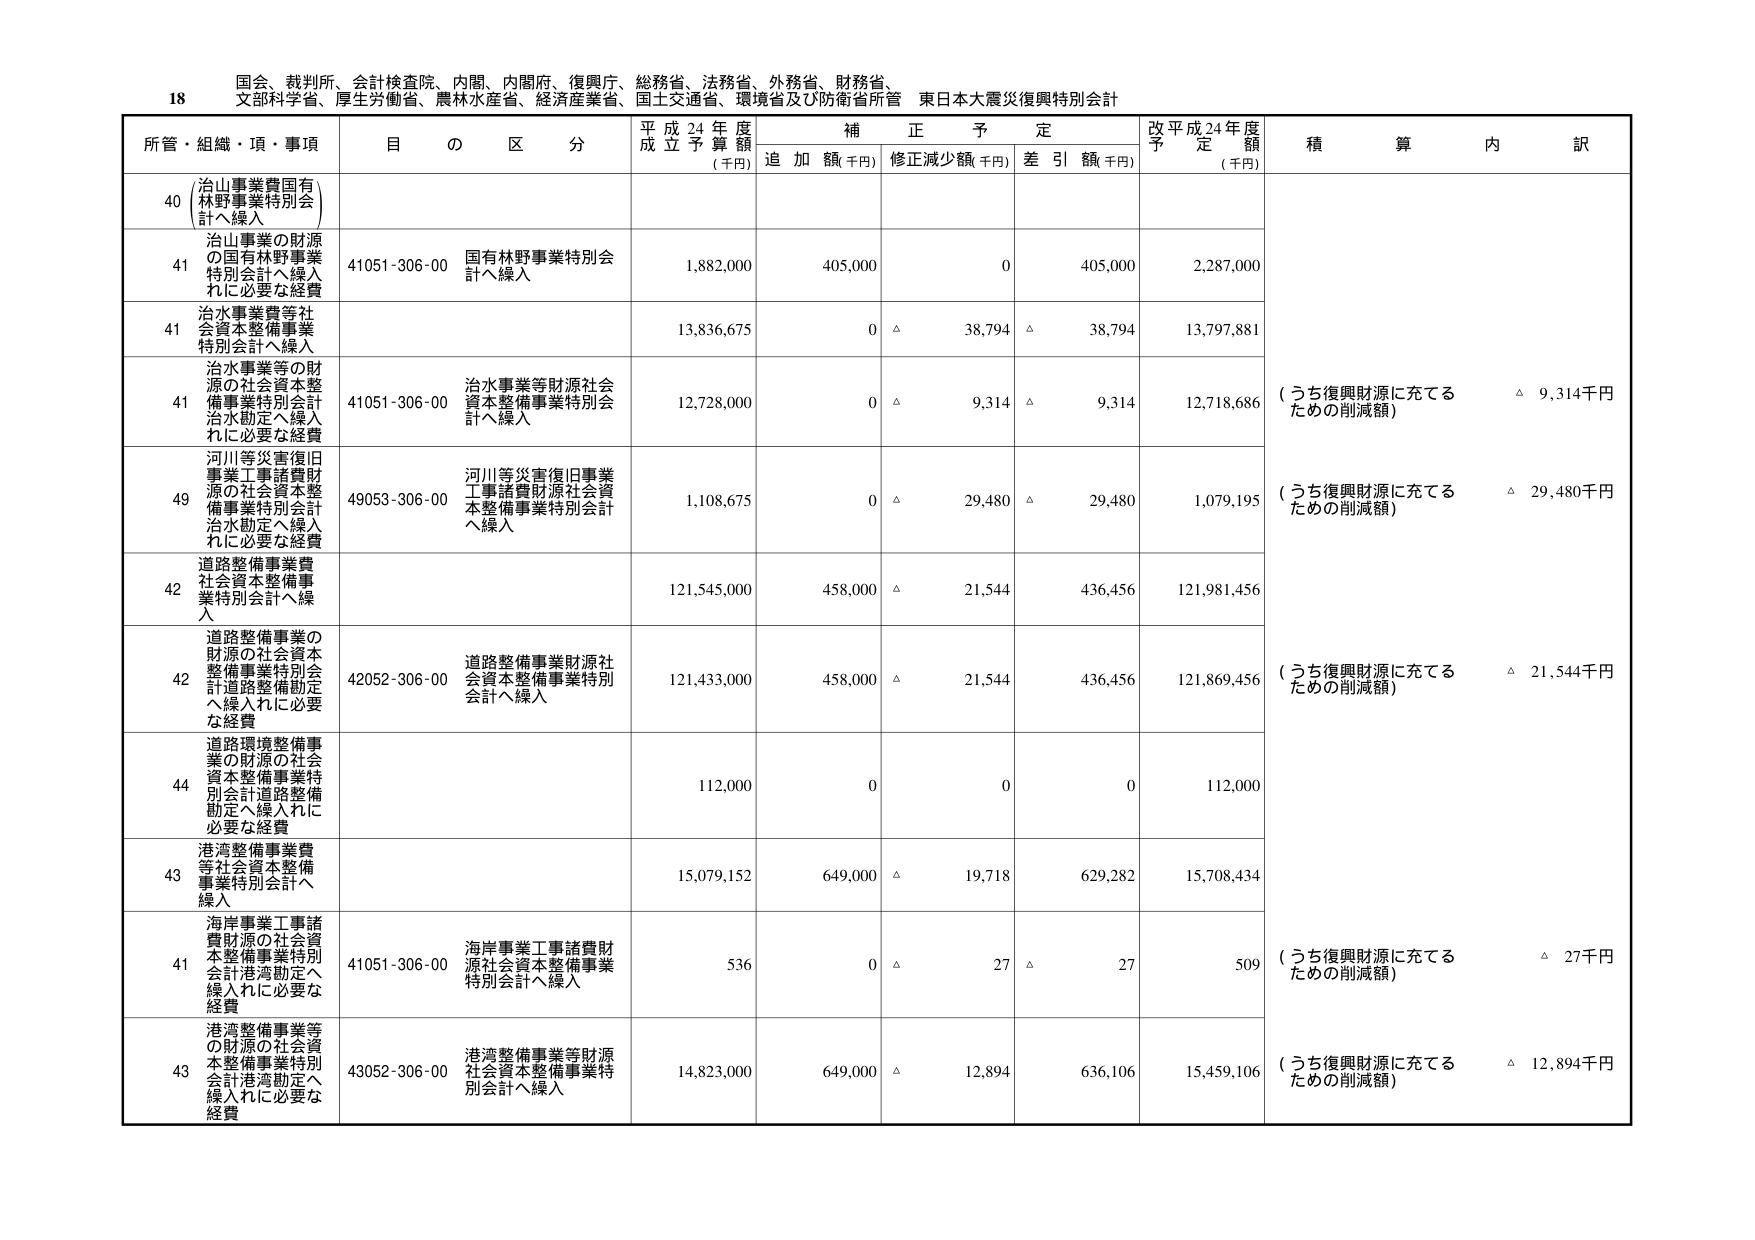
18 国会、裁判所、会計検査院、内閣、内閣府、復興庁、総務省、法務省、外務省、財務省、 文部科学省、厚生労働省、農林水産省、経済産業省、国土交通省、環境省及び防衛省所管 東日本大震災復興特別会計

所管・組織・項・事項 目の区分 平成24年度成立予算額（千円） 補正予定 追加額（千円） 修正減少額（千円） 差引額（千円） 改平成24年度予定額（千円） 積算内訳

40 （治山事業費国有林野事業特別会計へ繰入）

41 治山事業の財源の国有林野事業特別会計へ繰入れに必要な経費 41051-306-00 国有林野事業特別会計へ繰入 1,882,000 405,000 0 405,000 2,287,000

41 治水事業費等社会資本整備事業特別会計へ繰入 13,836,675 0 △ 38,794 △ 38,794 13,797,881

41 治水事業等の財源の社会資本整備事業特別会計治水勘定へ繰入れに必要な経費 41051-306-00 治水事業等財源社会資本整備事業特別会計へ繰入 12,728,000 0 △ 9,314 △ 9,314 12,718,686 （うち復興財源に充てるための削減額） △ 9,314千円

49 河川等災害復旧事業工事諸費財源の社会資本整備事業特別会計治水勘定へ繰入れに必要な経費 49053-306-00 河川等災害復旧事業工事諸費財源社会資本整備事業特別会計へ繰入 1,108,675 0 △ 29,480 △ 29,480 1,079,195 （うち復興財源に充てるための削減額） △ 29,480千円

42 道路整備事業費社会資本整備事業特別会計へ繰入 121,545,000 458,000 △ 21,544 436,456 121,981,456

42 道路整備事業の財源の社会資本整備事業特別会計道路整備勘定へ繰入れに必要な経費 42052-306-00 道路整備事業財源社会資本整備事業特別会計へ繰入 121,433,000 458,000 △ 21,544 436,456 121,869,456 （うち復興財源に充てるための削減額） △ 21,544千円

44 道路環境整備事業の財源の社会資本整備事業特別会計道路整備勘定へ繰入れに必要な経費 112,000 0 0 0 112,000

43 港湾整備事業費等社会資本整備事業特別会計へ繰入 15,079,152 649,000 △ 19,718 629,282 15,708,434

41 海岸事業工事諸費財源の社会資本整備事業特別会計港湾勘定へ繰入れに必要な経費 41051-306-00 海岸事業工事諸費財源社会資本整備事業特別会計へ繰入 536 0 △ 27 △ 27 509 （うち復興財源に充てるための削減額） △ 27千円

43 港湾整備事業等の財源の社会資本整備事業特別会計港湾勘定へ繰入れに必要な経費 43052-306-00 港湾整備事業等財源社会資本整備事業特別会計へ繰入 14,823,000 649,000 △ 12,894 636,106 15,459,106 （うち復興財源に充てるための削減額） △ 12,894千円